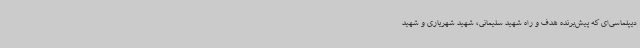
دیپلماسی‌ای که پیش‌برنده هدف و راه شهید سلیمانی، شهید شهریاری و شهید